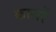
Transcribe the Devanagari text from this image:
कालरें